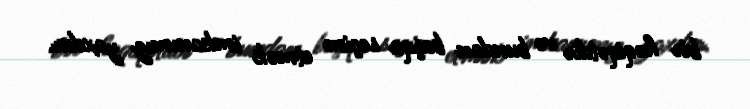
bir həqiqətdir və bundan başqa seçim etmək imkanımız yoxdur.